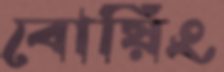
বোয়িং